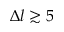
\Delta l \gtrsim 5